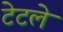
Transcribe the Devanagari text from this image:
टेटले